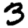
Digit: 3